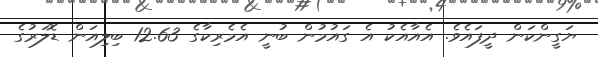
ޔަގީންކަން ދީފައެވެ. އެއާއެކު އެ ގައުމުން ބުނީ އެމެރިކާގެ 12.63 ބިލިއަން ޑޮލަރުގެ